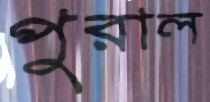
পুরাল